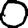
Digit: 0